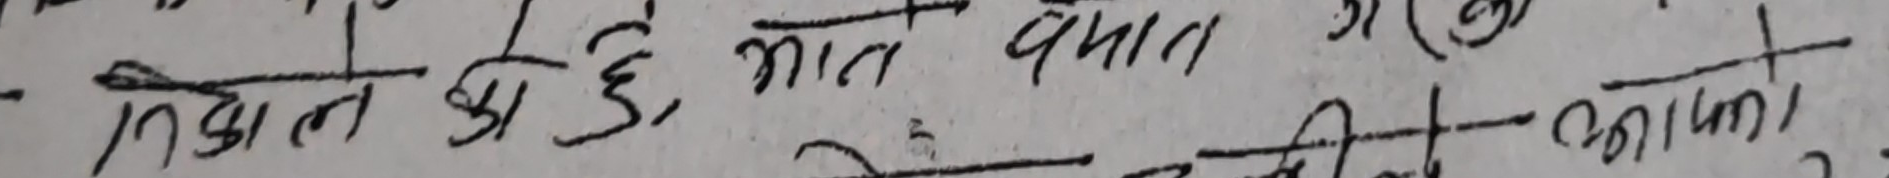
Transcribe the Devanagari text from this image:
निकालै अ छे मान यतात गण
दीवाको